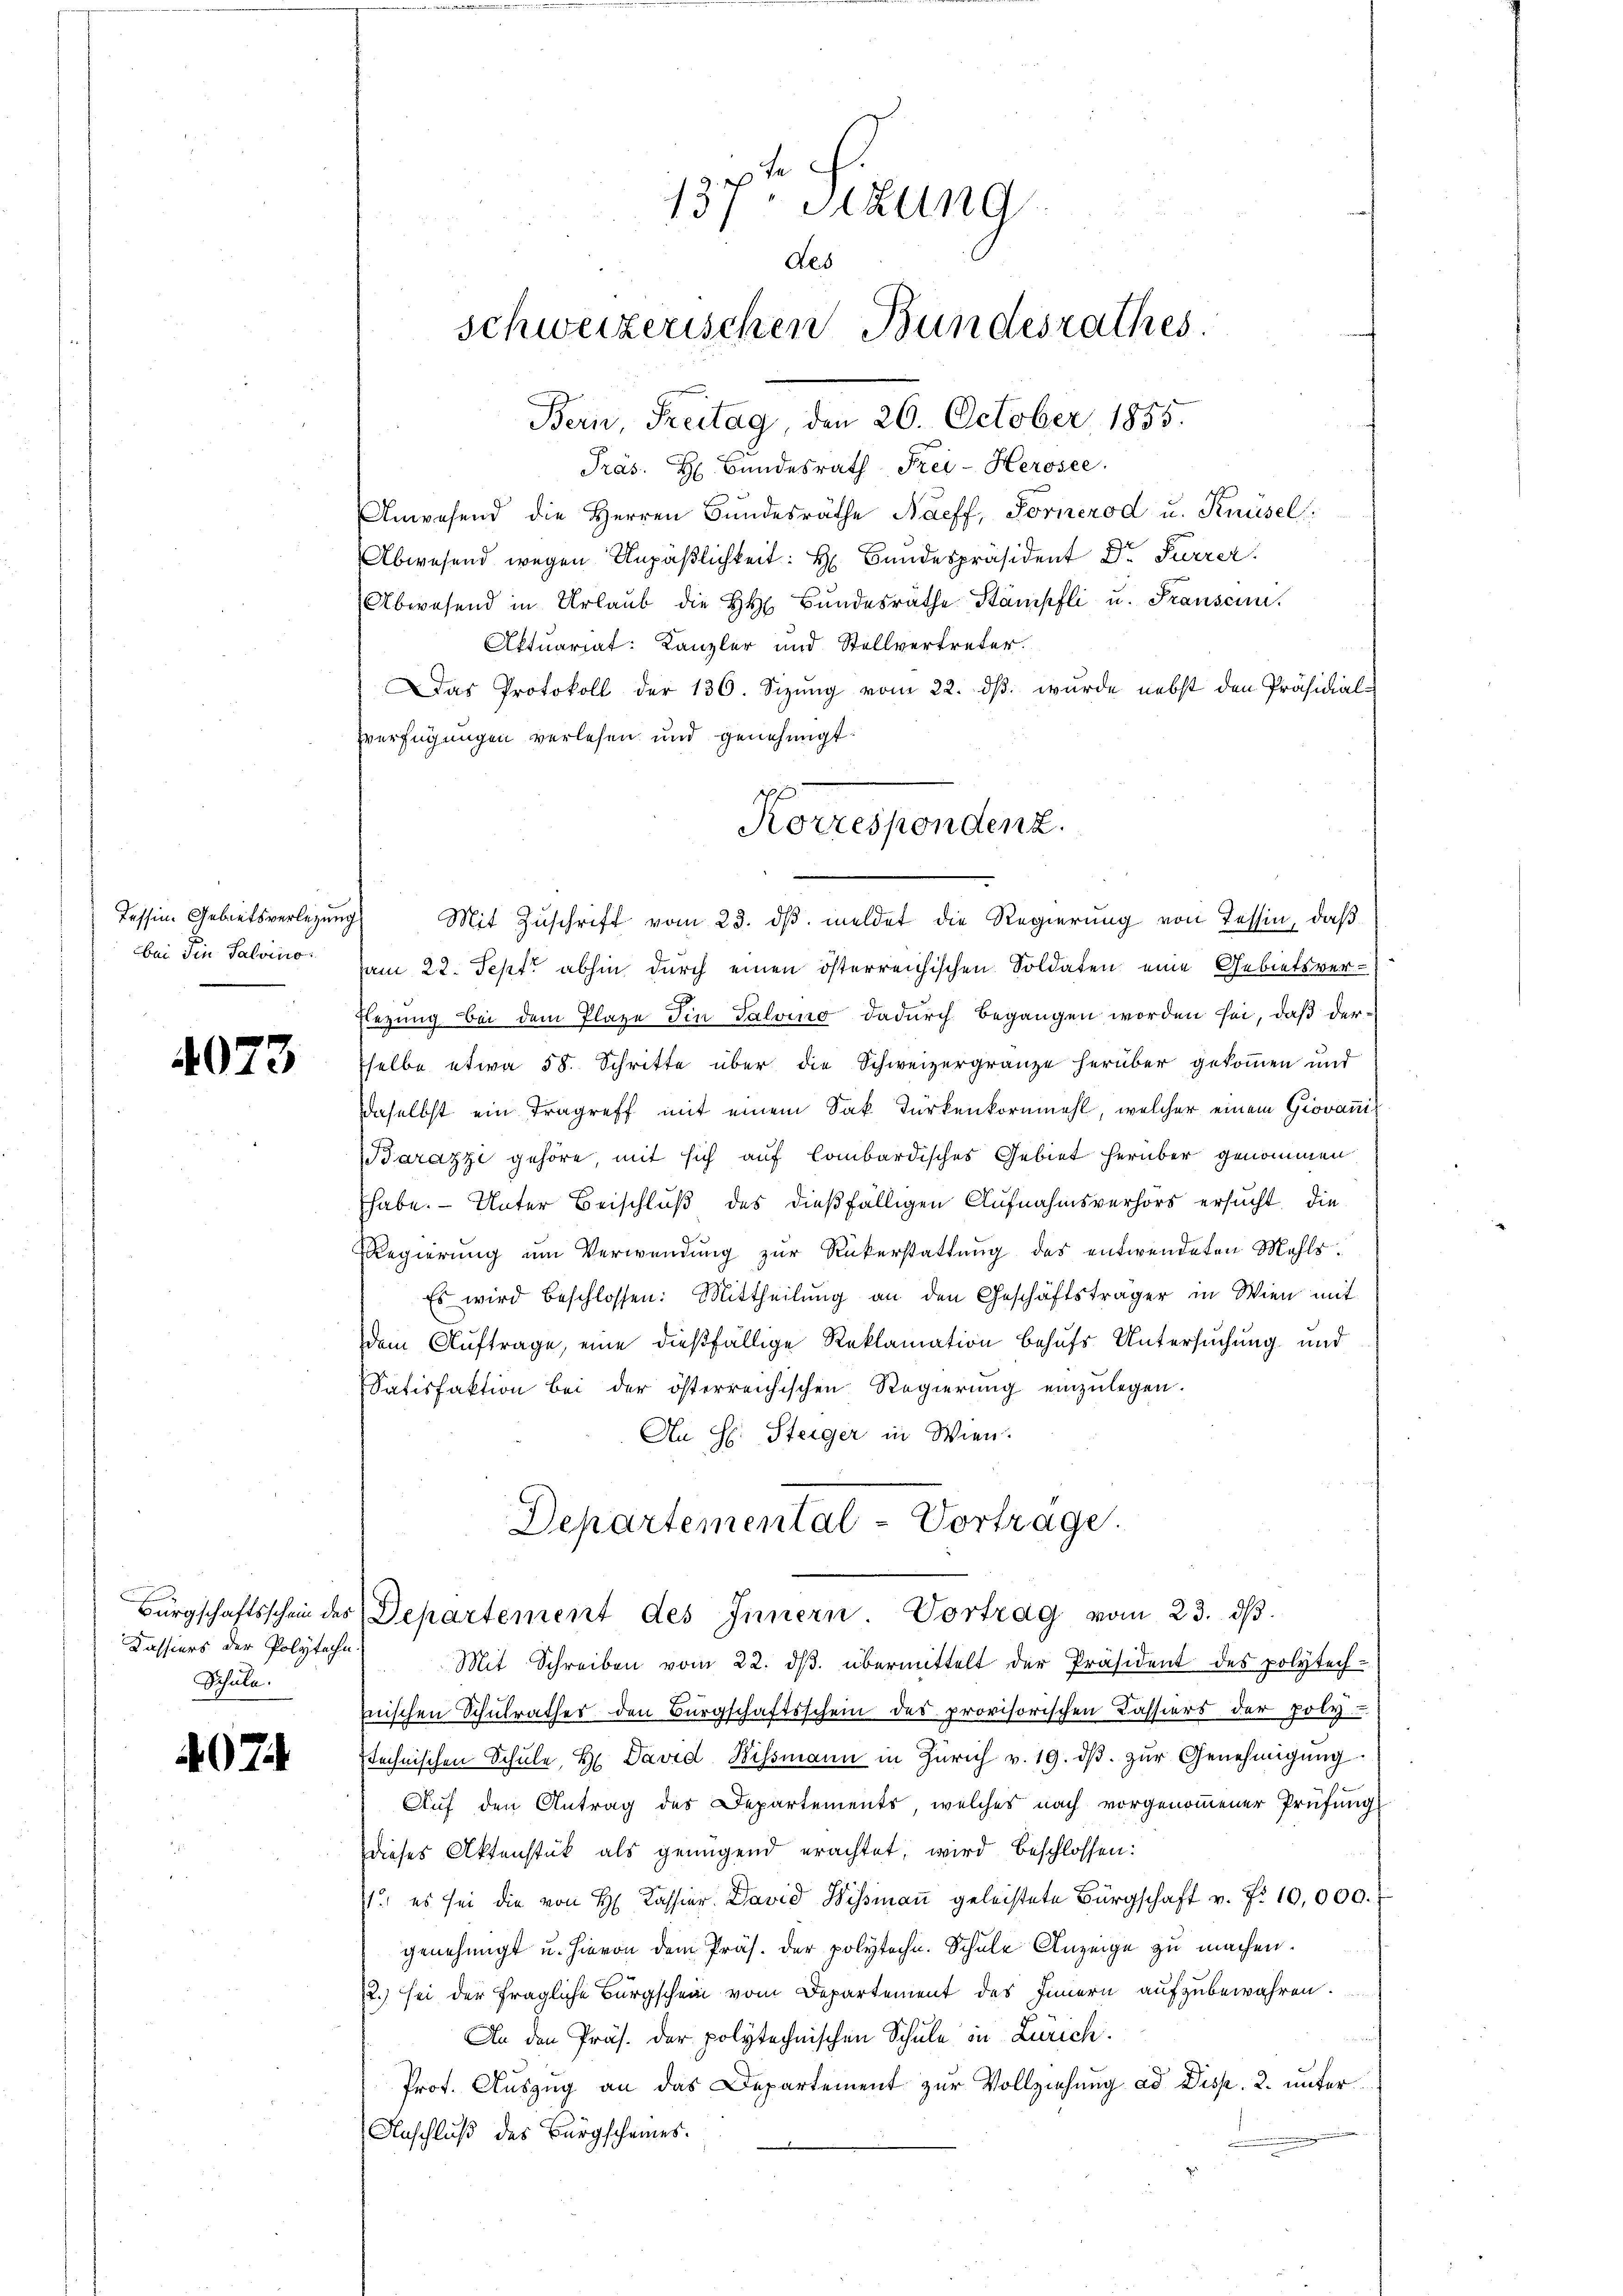
Tessin. Gebietsverlegung
bei in Salvino.

4073

Kassiers der Polytechn.
Schule.

407.

Präs. H. Bundesrath Frei-Herosee.
Anwesend die Herren Bundesräthe Naeff, Fornerod u. Knüsel
Abwesend wegen Unpäßlichkeit: H. Bundespräsident Dr. Furrer
Abwesend in Urlaub die h. Bŭndesräthe Stämpfli u. Franscun.
Aktuariat: Kanzler und Stellvertreter.
Das Protokoll der 136. Sizung vom 22. dβ. wurde nebst den Präsidial-
sverfügungen verlesen und genehmigt
am 22. Sept. abhin durch einen österreichischen Soldaten eine Gebietsver-
Elegung bei dem Plaze in Salvino dadurch begangen worden sei, daß derselbe etwa 58. Schritte über die Schweizergränze herüber gekommen und
daselbst ein Tragreff mit einem Sak Turkenkornmehl, welcher einem Giovani
Barazzi gehöre, mit sich auf lombardisches Gebiet herüber genommen
habe. - Unter Beischluß des dießfälligen Aufnahmsverhörs ersucht, die
Regierung um Verwendung zur Rükerstattung des entwendeten Mehls¬
Es wird beschlossen: Mittheilung an den Geschäftsträger in Wien mit
dem Auftrage, eine dießfällige Reklamation behufs Untersuchung und
Satisfaktion bei der österreichischen Regierung einzulegen.
An H: Steiger in Wien.
Departemental-Vortrage.

137. Sekung
des
schweizerischen Bundesrathes.
Bern, Freitag, den 26. October 1855.

Bürgschaftsschein des Departement des Innern. Vortrag vom 23. dβ.

Korrespondenz.
g Mit Zuschrift vom 23. dβ meldet die Regierung von Tessin, daß

Mit Schreiben vom 22. dβ übermittelt der Präsident des polytech-
mischen Schulrathes den Bürgschaftsschein des provisorischen Cassiers der poly.
stechnischen Schule, Hr. David Bissmann in Zürich v. 19. dβ zŭr Genehmigŭng
Auf den Antrag des Departements, welches nach vorgenommener Prüfung
dieses Aktenstück als genügend erachtet, wird beschlossen:
1. es sei die von H. Kassier. David Wismaṅ geleistete Bürgschaft v. Fr. 10,000.
genehmigt u. hievon dem Präs. der polytechn. Schule Anzeige zu machen.
12.) sei der fragliche Bürgschein vom Departement des Innern aufzubewahren.
An den Präs. der polytechnischen Schule in Zürich.
Prof. Auszug an das Departement zur Vollziehung ad Disp. 2. unter¬
Anschluß des Bürgscheines.